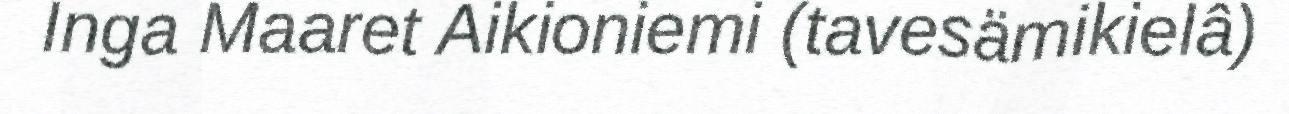
Inga Maaret Aikioniemi (tavesämikielâ)